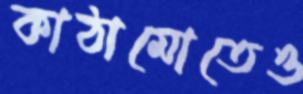
কাঠামোতেও